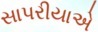
સાપરીયાએ